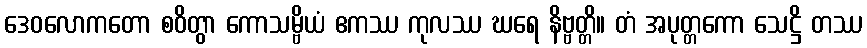
ဒေဝလောကတော စဝိတွာ ကောသမ္ဗိယံ ဧကဿ ကုလဿ ဃရေ နိဗ္ဗတ္တိ။ တံ အပုတ္တကော သေဋ္ဌိ တဿ